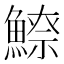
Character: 𩺚